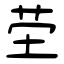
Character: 茔